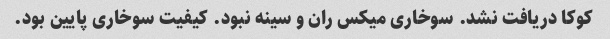
کوکا دریافت نشد. سوخاری میکس ران و سینه نبود‌. کیفیت سوخاری پایین بود.